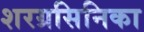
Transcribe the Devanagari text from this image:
शरग्रसिनिका